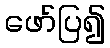
ဖော်ပြ၍